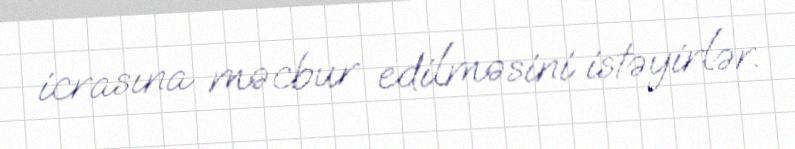
icrasına məcbur edilməsini istəyirlər.